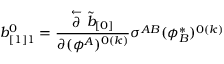
b _ { [ 1 ] 1 } ^ { 0 } = { \frac { \stackrel { \leftarrow } { \partial } \tilde { b } _ { [ 0 ] } } { \partial ( \phi ^ { A } ) ^ { 0 ( k ) } } } \sigma ^ { A B } ( \phi _ { B } ^ { * } ) ^ { 0 ( k ) }